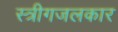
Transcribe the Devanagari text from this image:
स्त्रीगजलकार